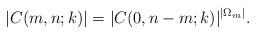
LaTeX: \begin{align*}|C(m,n;k)|=|C(0,n-m;k)|^{|\Omega_{m}|}.\end{align*}